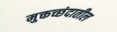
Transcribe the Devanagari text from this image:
मुक्तच्छंदातील